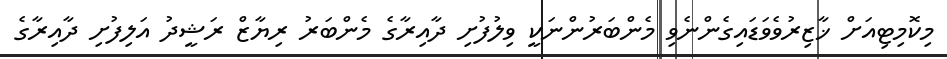
މިކޮމިޓިއަށް ޚާޒިރުވެވަޑައިގެންނެވި މެންބަރުންނަކީ ވިލުފުށި ދާއިރާގެ މެންބަރު ރިޔާޒް ރަޝީދު އަލިފުށި ދާއިރާގެ